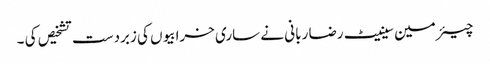
چیئرمین سینیٹ رضا ربانی نے ساری خرابیوں کی زبردست تشخیص کی ۔